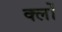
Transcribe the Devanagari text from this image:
क्लों